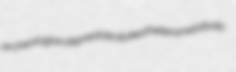
archeologian depredate stoked heterometabolic